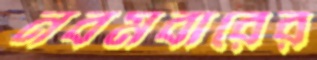
নবমবারের